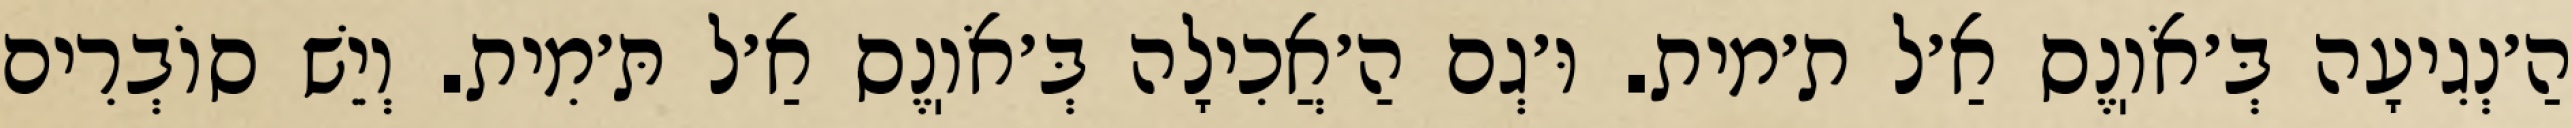
הַ׳נְגִיעָה בְּ׳אֹוֽנֶס אַ׳ל ת׳מית. וּ׳גְם הַ׳אֲכִילָה בְּ׳אֹוֽנֶס אַ׳ל תּ׳מִית. וְיֵשׁ סוֹבְרִים